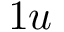
1 u